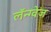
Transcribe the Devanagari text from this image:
लॅन्ग्वेज